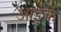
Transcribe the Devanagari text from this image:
आईकें